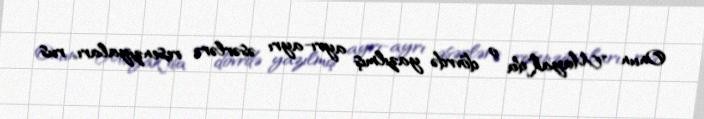
Onun "Mayak"da o dövrdə yazılmış ayrı-ayrı əsərlərə resenziyaları, rus